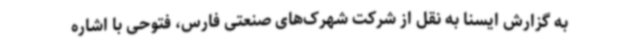
به گزارش ایسنا به نقل از شرکت شهرک‌های صنعتی فارس، فتوحی با اشاره